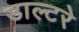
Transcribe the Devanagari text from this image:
डाल्टरे